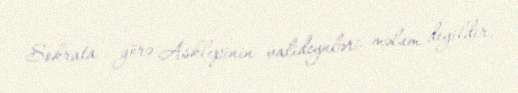
Sokrata görə Asklepinin valideynləri məlum deyildir.